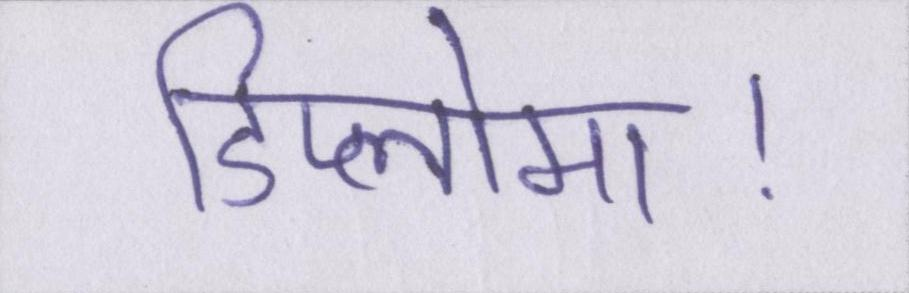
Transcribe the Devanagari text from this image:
डिप्लोमा